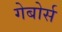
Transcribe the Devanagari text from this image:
गेबोर्स